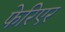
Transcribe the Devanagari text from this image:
फेरिएर